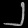
Digit: ၂